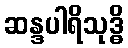
ဆန္ဒပါရိသုဒ္ဓိ